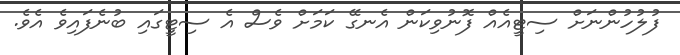
ފުލުހުންނަށް ސިޓީއެއް ފޮނުވިކަން އެނގޭ ކަމަށް ވެސް އެ ސިޓީގައި ބުނެފައިވެ އެވެ.